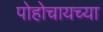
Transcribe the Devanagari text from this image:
पोहोचायच्या